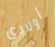
أولادى